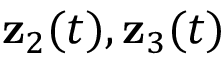
{ \bf z } _ { 2 } ( t ) , { \bf z } _ { 3 } ( t )